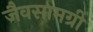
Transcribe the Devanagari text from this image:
जैवसामग्री